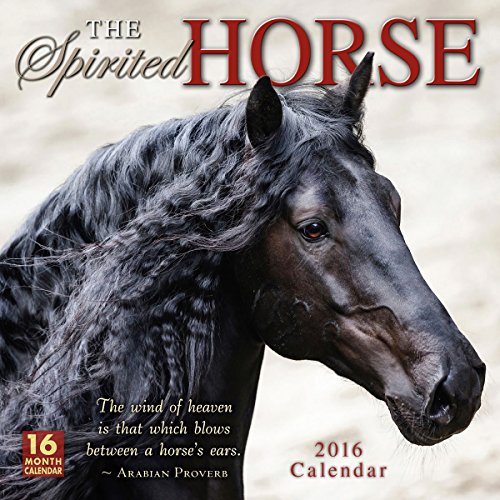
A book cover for Spirited Horse 2016 Wall Calendar; Sellers Publishing; Calendars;